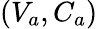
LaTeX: \left(V_{a},C_{a}\right)